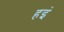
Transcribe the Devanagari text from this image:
हइं